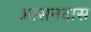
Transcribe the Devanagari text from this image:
आसनदास